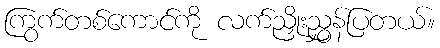
ကြွက်တစ်ကောင်ကို လက်ညှိုးညွှန်ပြတယ်။